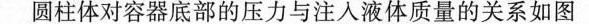
圆柱体对容器底部的压力与注入液体质量的关系如图